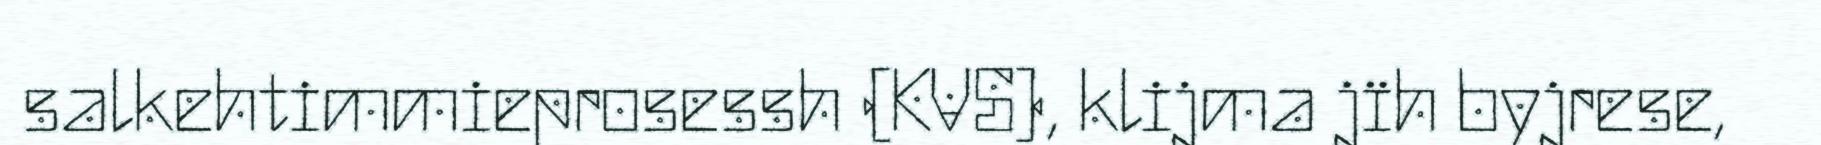
salkehtimmieprosessh (KVS), klijma jïh byjrese,